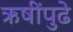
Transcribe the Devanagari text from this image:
ऋषींपुढे